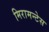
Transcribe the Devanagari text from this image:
मिरामन्टेस